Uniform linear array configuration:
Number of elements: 48
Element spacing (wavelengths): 1
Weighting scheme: hamming
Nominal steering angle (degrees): -60
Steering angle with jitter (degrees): -60.321
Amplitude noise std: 0.05
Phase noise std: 0.05

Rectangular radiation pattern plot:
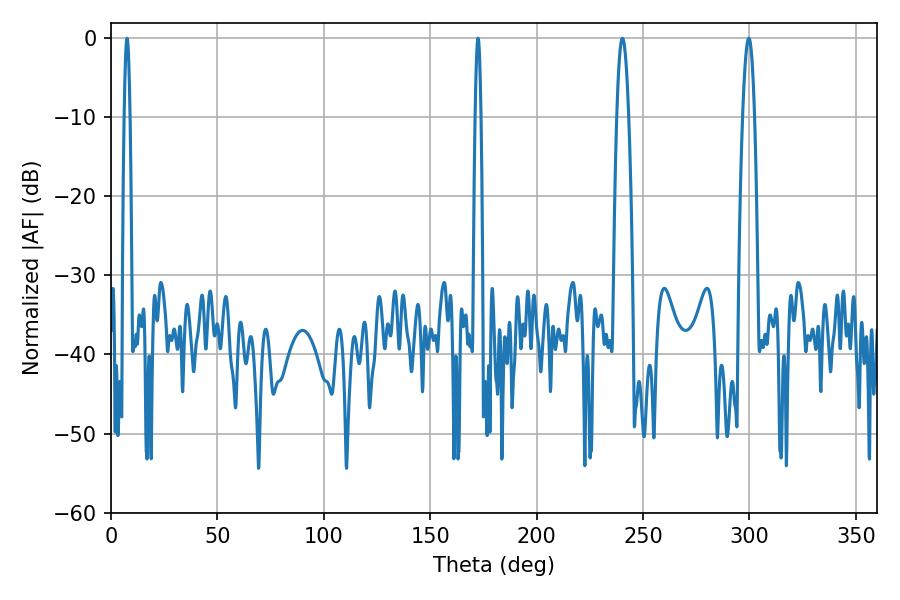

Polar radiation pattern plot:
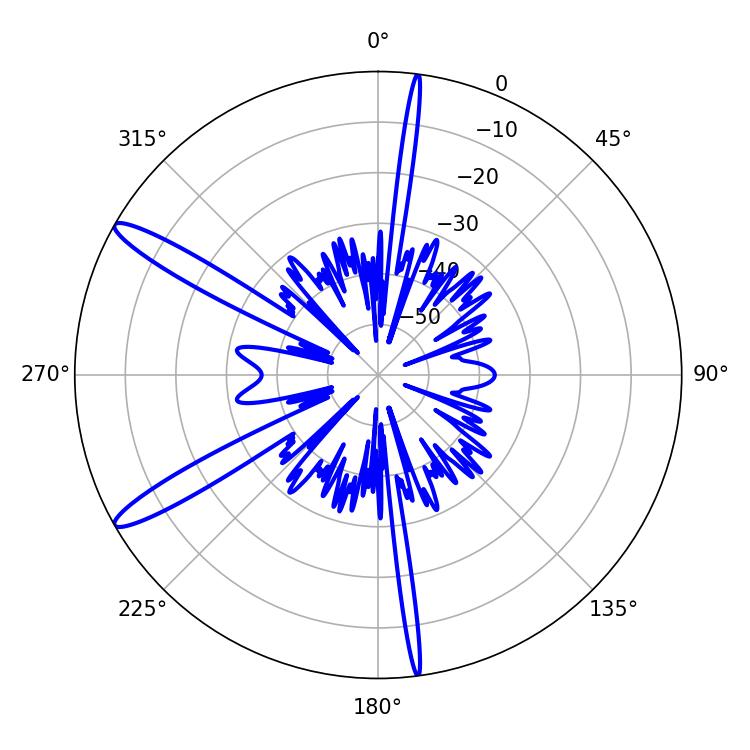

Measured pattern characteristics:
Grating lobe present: TRUE
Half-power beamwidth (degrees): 3.06
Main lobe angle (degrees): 240.3